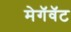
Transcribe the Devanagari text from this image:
मेगॅवॅट